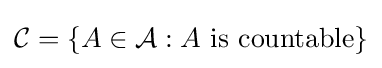
{\cal {C}}=\{A\in {\cal {A}}:A{\text{ is countable}}\}